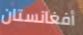
أفغانستان